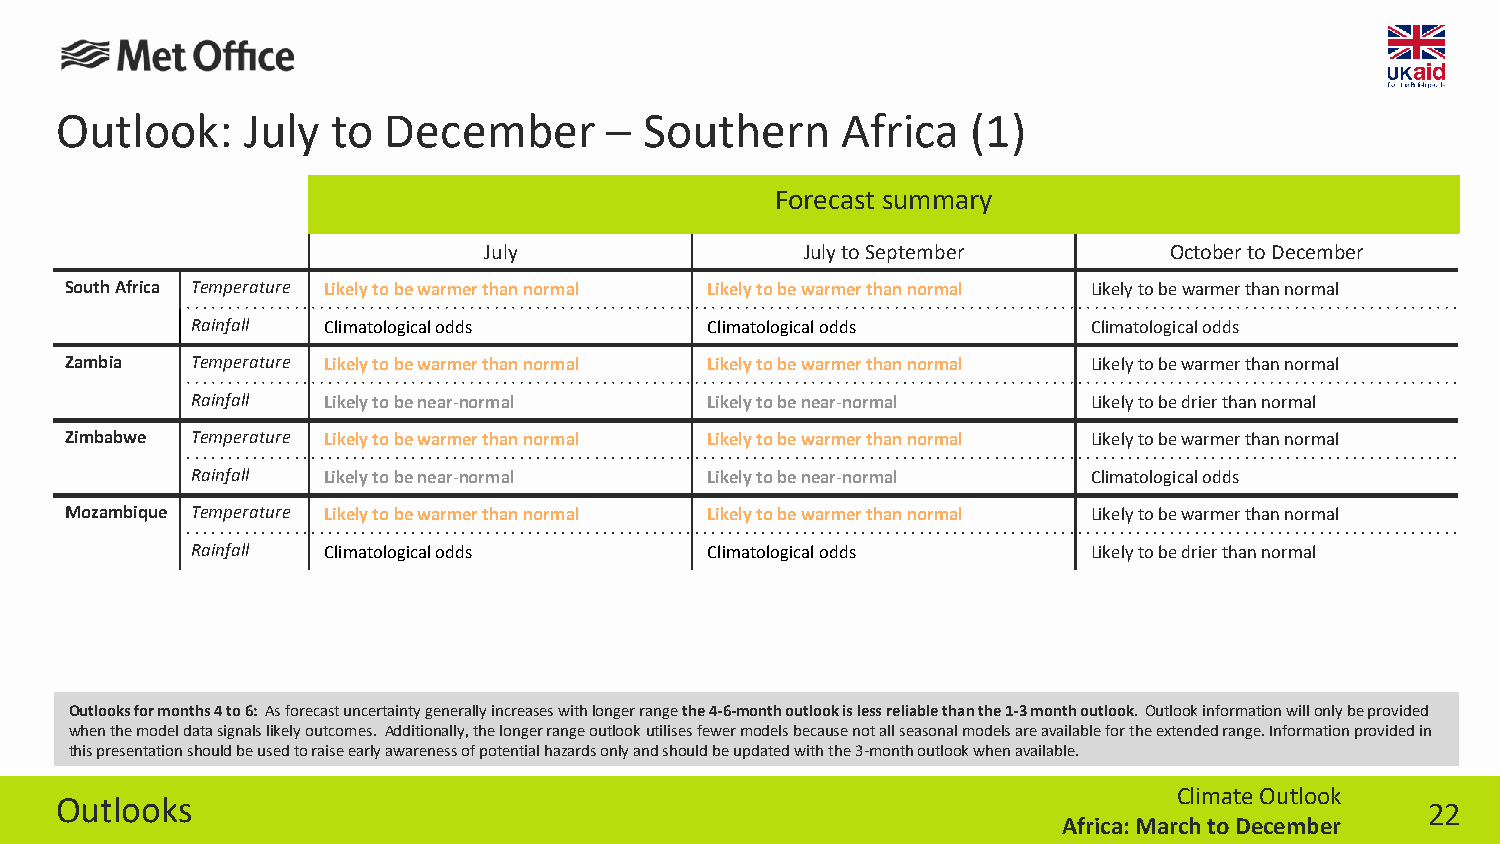
Outlook:    July  to December       –  Southern     Africa  (1)
 Forecast summary
 July                 July to September       October to December
 South Africa Temperature Likely to be warmer than normal Likely to be warmer than normal Likely to be warmer than normal
 Rainfall Climatological odds      Climatological odds      Climatological odds
 Zambia   Temperature Likely to be warmer than normal Likely to be warmer than normal Likely to be warmer than normal
 Rainfall Likely to be near-normal Likely to be near-normal Likely to be drier than normal
 Zimbabwe Temperature Likely to be warmer than normal Likely to be warmer than normal Likely to be warmer than normal
 Rainfall Likely to be near-normal Likely to be near-normal Climatological odds
 Mozambique Temperature Likely to be warmer than normal Likely to be warmer than normal Likely to be warmer than normal
 Rainfall Climatological odds      Climatological odds      Likely to be drier than normal
 Outlooks for months 4 to 6: As forecast uncertainty generally increases with longer rangethe 4-6-month outlook is less reliable than the 1-3 month outlook. Outlook information will only be provided
 when the model data signals likely outcomes. Additionally, the longer range outlook utilisesfewer models because not all seasonal models are available for the extended range. Information provided in
 this presentation should be used to raise early awareness of potential hazards only and should be updated with the 3-month outlook when available.
 Climate Outlook
 Outlooks
 22
 Africa: March to December